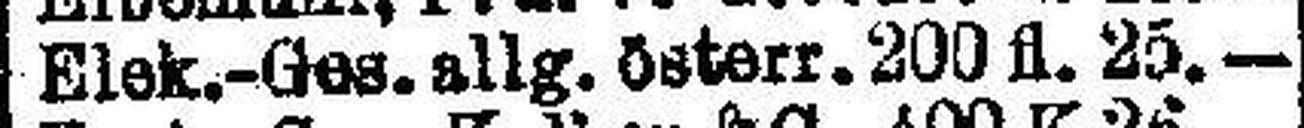
Elek.-Ges. allg. österr. 200 fl. 25.—